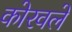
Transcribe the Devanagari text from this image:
कोरवले